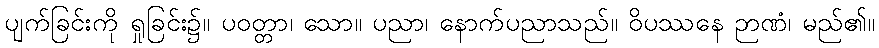
ပျက်ခြင်းကို ရှုခြင်း၌။ ပဝတ္တာ၊ သော။ ပညာ၊ နောက်ပညာသည်။ ဝိပဿနေ ဉာဏံ၊ မည်၏။